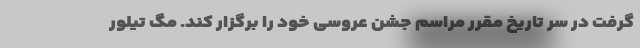
گرفت در سر تاریخ مقرر مراسم جشن عروسی خود را برگزار کند. مگ تیلور